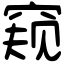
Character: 窥